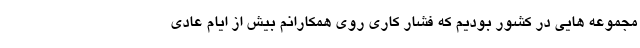
مجموعه هایی در کشور بودیم که فشار کاری روی همکارانم بیش از ایام عادی